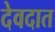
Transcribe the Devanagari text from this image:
देवदात